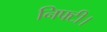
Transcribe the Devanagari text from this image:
निफ्टी।